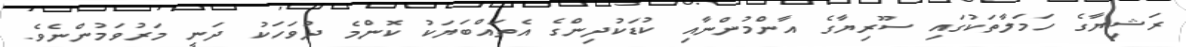
ރަޝިޔާގެ ހަމަލާތަކުގައި ސޫރިޔާގެ އާންމުންނާއި ކުޑަކުދިންގެ އެތައްބަޔަކު ކޮންމެ ދުވަހަކު ދަނީ މަރުވަމުންނެވެ.